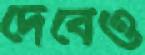
দেবেও